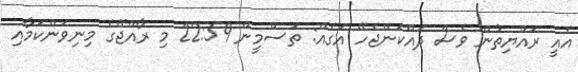
އެއީ ރައްޔިތުން ވެސް ދައްކަންޖެހޭ އަގެއް: ތަސްމީން 22:59 މި ރާއްޖޭގެ މިނިވަންކަމާއި